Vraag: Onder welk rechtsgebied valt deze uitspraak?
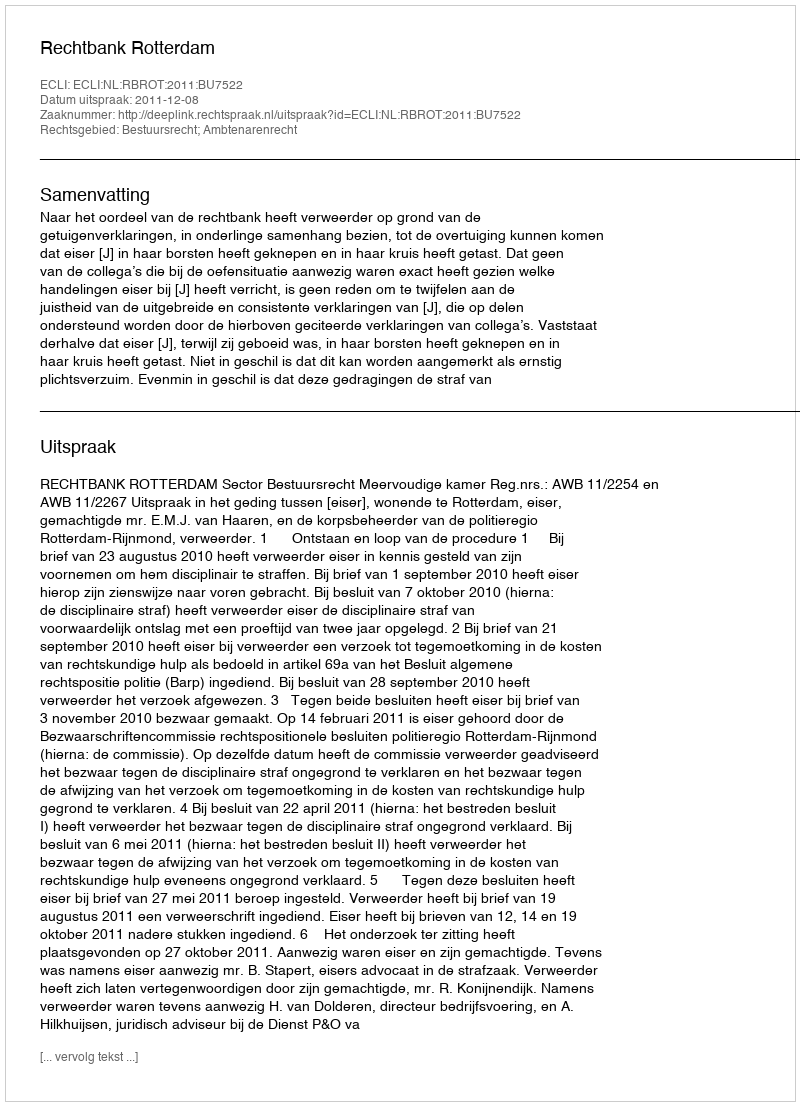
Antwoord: Bestuursrecht; Ambtenarenrecht